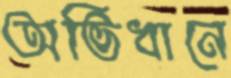
অভিধানে